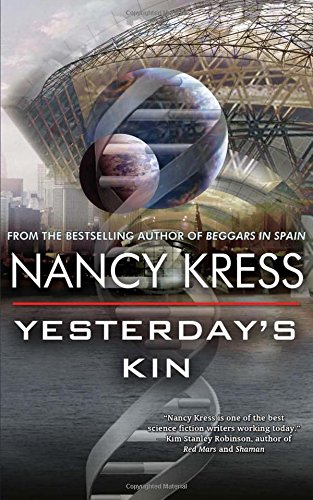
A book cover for Yesterday's Kin; Nancy Kress; Mystery, Thriller & Suspense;